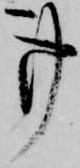
事